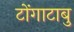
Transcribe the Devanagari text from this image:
टोंगाटाबु